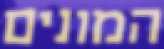
המונים